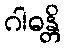
ဂါဓန္တိ